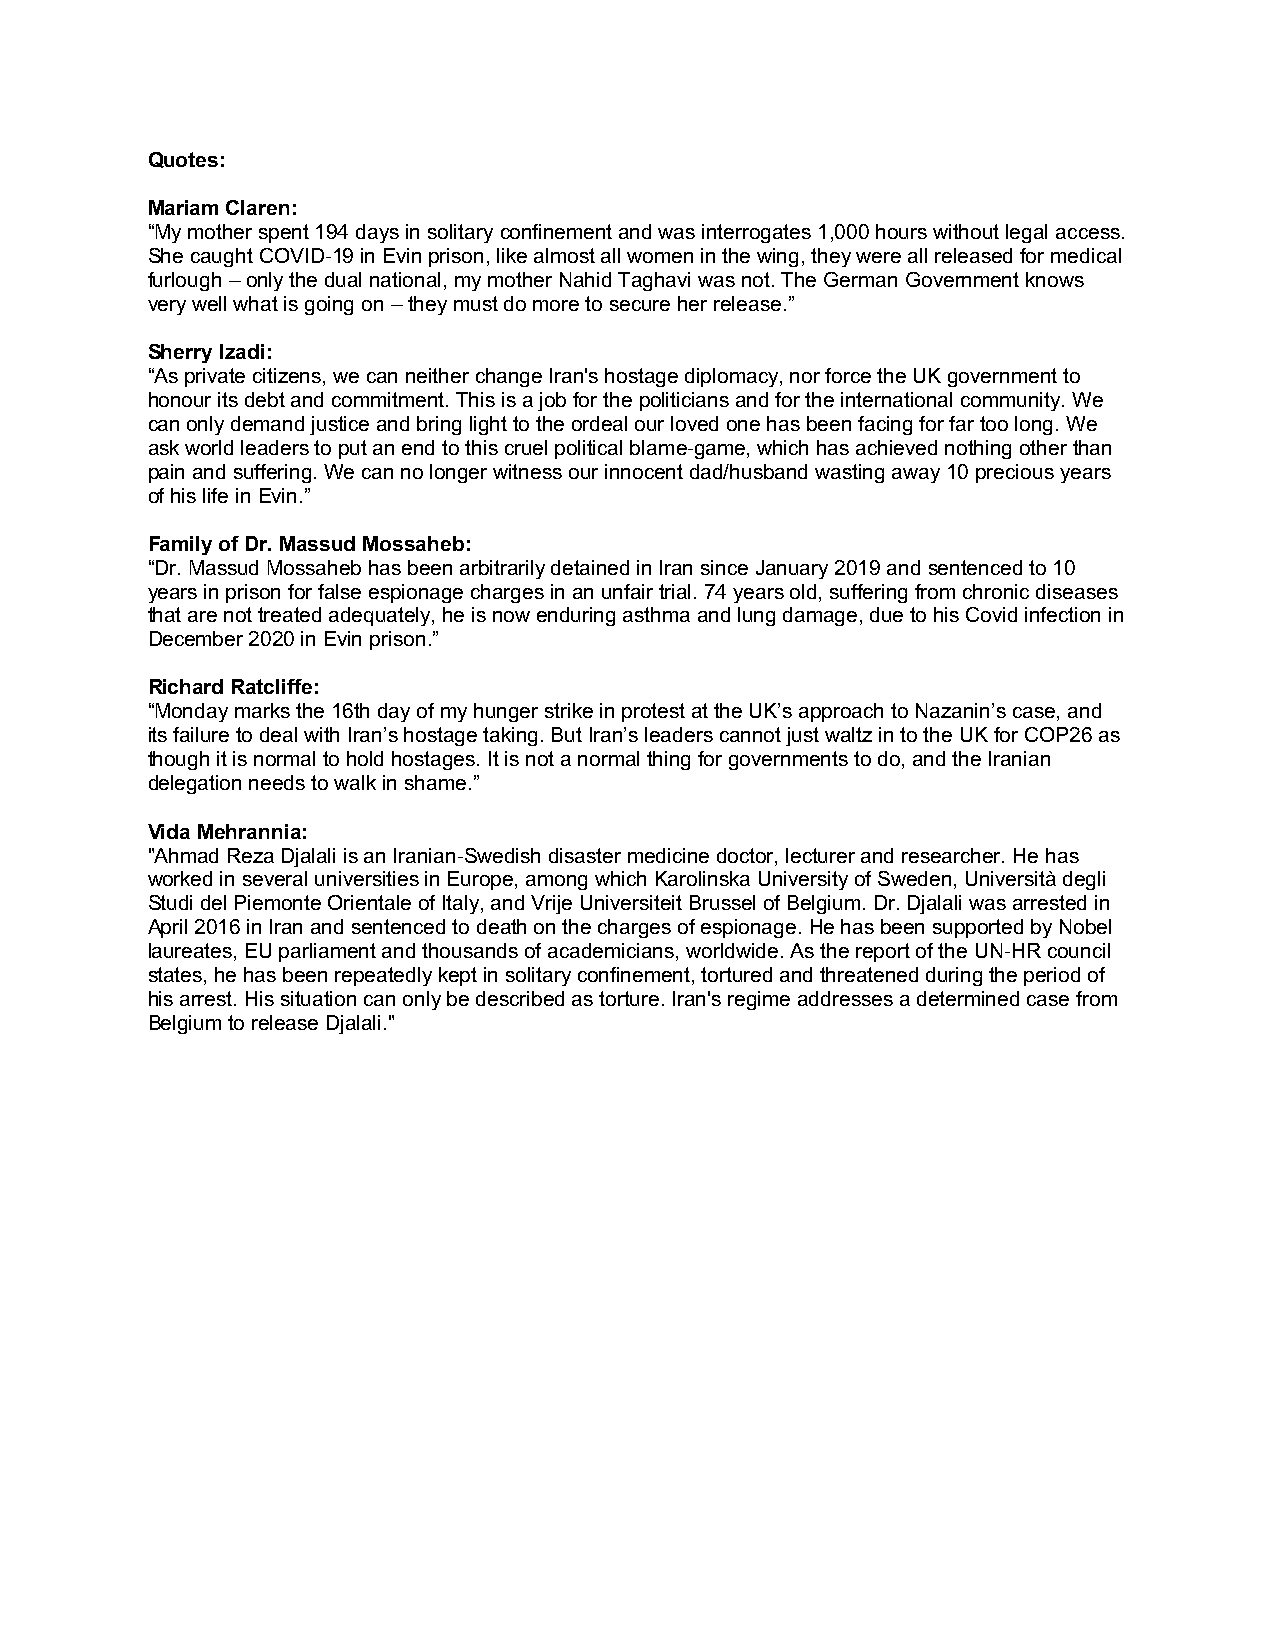
Quotes:
 Mariam Claren:
 “My mother spent 194 days in solitary confinement and was interrogates 1,000 hours without legal access.
 She caught COVID-19 in Evin prison, like almost all women in the wing, they were all released for medical
 furlough – only the dual national, my mother Nahid Taghavi was not. The German Government knows
 very well what is going on – they must do more to secure her release.”
 Sherry Izadi:
 “As private citizens, we can neither change Iran's hostage diplomacy, nor force the UK government to
 honour its debt and commitment. This is a job for the politicians and for the international community. We
 can only demand justice and bring light to the ordeal our loved one has been facing for far too long. We
 ask world leaders to put an end to this cruel political blame-game, which has achieved nothing other than
 pain and suffering. We can no longer witness our innocent dad/husband wasting away 10 precious years
 of his life in Evin.”
 Family of Dr. Massud Mossaheb:
 “Dr. Massud Mossaheb has been arbitrarily detained in Iran since January 2019 and sentenced to 10
 years in prison for false espionage charges in an unfair trial. 74 years old, suffering from chronic diseases
 that are not treated adequately, he is now enduring asthma and lung damage, due to his Covid infection in
 December 2020 in Evin prison.”
 Richard Ratcliffe:
 “Monday marks the 16th day of my hunger strike in protest at the UK’s approach to Nazanin’s case, and
 its failure to deal with Iran’s hostage taking. But Iran’s leaders cannot just waltz in to the UK for COP26 as
 though it is normal to hold hostages. It is not a normal thing for governments to do, and the Iranian
 delegation needs to walk in shame.”
 Vida Mehrannia:
 "Ahmad Reza Djalali is an Iranian-Swedish disaster medicine doctor, lecturer and researcher. He has
 worked in several universities in Europe, among which Karolinska University of Sweden, Università degli
 Studi del Piemonte Orientale of Italy, and Vrije Universiteit Brussel of Belgium. Dr. Djalali was arrested in
 April 2016 in Iran and sentenced to death on the charges of espionage. He has been supported by Nobel
 laureates, EU parliament and thousands of academicians, worldwide. As the report of the UN-HR council
 states, he has been repeatedly kept in solitary confinement, tortured and threatened during the period of
 his arrest. His situation can only be described as torture. Iran's regime addresses a determined case from
 Belgium to release Djalali."